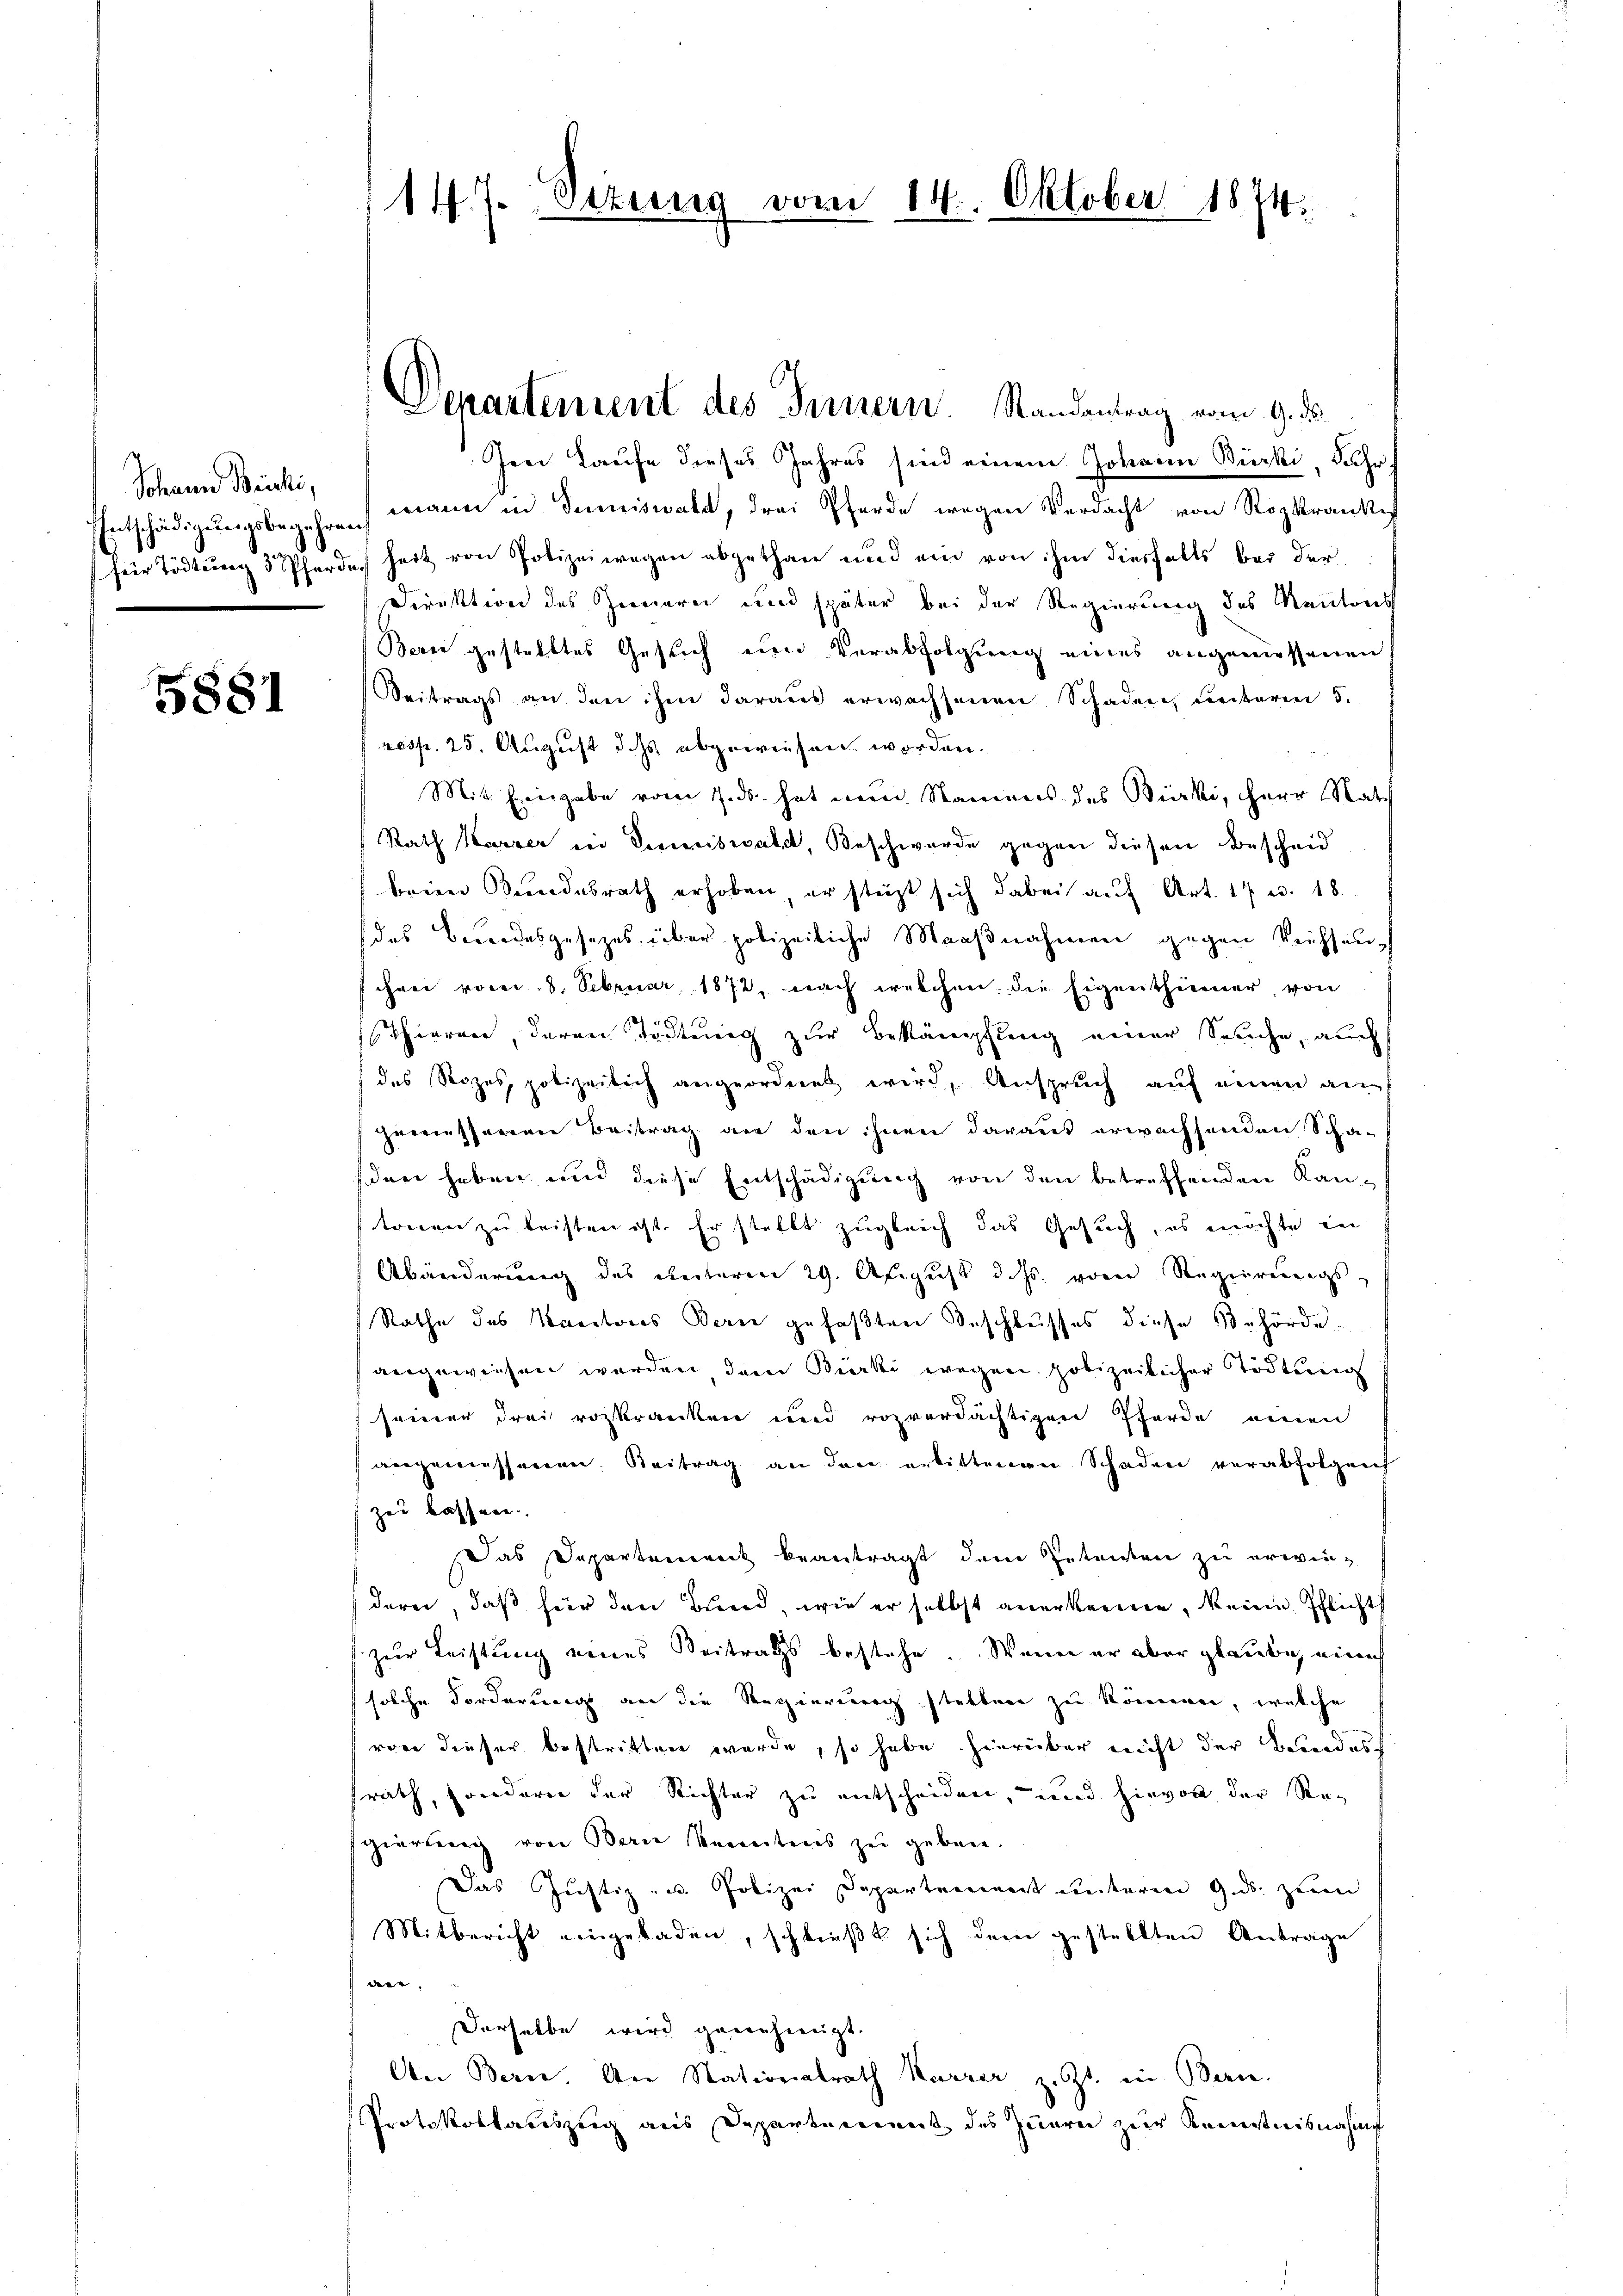
Sohann Brucki,

5881

Irei Taufe dieses Jahres sind einem Johann Bürki, Jahr
Entschädigŭngsbegehren mann in Tuniswald, drei Pferde wegen Verdacht von Rozkranke
für Tödtung 3 Pferde heit von Polizeiwegen abgethan und ein von ihm diesfalls bei der
Direktion des Terrieren und später bei der Regierung des Reutons
Berne gestelltes Gesuch um Verabfolgung eines angeniessenen
Beitrags an den ihm daraus erwachsenen Schaden, unterm 5.
resp. 25. August d. Js. abgeweisen worden.
Mit. Eingabe vom 7. ds. hat nun Namens des Bürki, Herr Rat
Rath Harzer in Termiswald, Beschwerde gegen diesen Bescheid
beien Bundesrath erhoben, er steht sich dabei auf Art. 17 u. 18.
das Besondesgesezes über polizeiliche Maaßnahmen gegen Wechsenheer vom 8. Februar 1872, nach welchen die Eigenthümer, von
Thieren, deren Tödtung zur Bekämpfung einer Seuche, auch
des Stozes, polizeilich angeordnet wird, Anspruch auf einen an-
gemessenen Beitrag an den ihnen daraus erwachsenden Schaden haben, und diese Entschädigung von den betreffenden Kan-
tonen zu leisten ist. Er stellt zugleich das Gesuch, es möchte in
Abänderung des Reiteren 29. August d. Js. vom Regierungs
Rathe des Kantons Bern gefaßten Beschlusses diese Behörde.
angewiesen werden, dem Bierki wegen polizeilicher Tödtung
seiner drei rozkranken und rozverdächtigen Pferde einen
angemessenen. Beitrag an den erbittenen Schaden verabfolgen
zei bessene
Das Departement beantragt dem Petenten zu erwie-
dern, daß hier den Bund, wie er selbst anerkenne, keine Pflichts
f zur Leistung eines Beitrags bestehe. Wenn er aber glaube, eine
solche Forderung an die Regierung stellen zu können, welche
von dieser bestritten wurde, so habe hierüber nicht der Bundes
srath, sondern der Richter zu entscheiden, und hievon der Resgierung von Bern kenntnis zu geben.
Das Justiz- u. Polizei Departement unterm 9. ds. zum
Mitbericht eingeladen, schließt sich dem gestellten Antrage
.
Derselbe wird genehmigt.
An Bern. Am Nationalrath Karrer z. Zt. in Bern.
Protokollauszug aus Departement des Zuern zur Kenntnisnahme

147. Situng vom 14. Oktober 1874.

Departenrent des Fernern. Randantrag vom 9. ds.